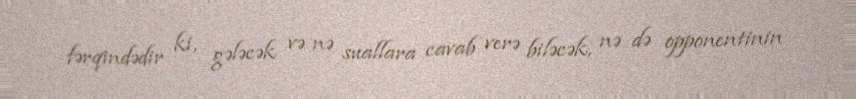
fərqindədir ki, gələcək və nə suallara cavab verə biləcək, nə də opponentinin